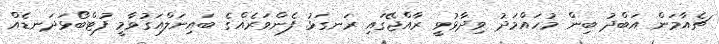
ޗެއާމަން އަބްދު ބިން މުހައްމަދު ވިދާޅުވީ ރާއްޖޭގައި ރަނގަޅު ފެންވަރެއްގެ ބައިނަލްއަގުވާމީ ފުޓްބޯޅަދަނޑެއް